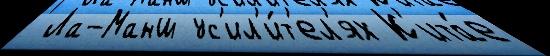
 Ла-Манш ус'ил'и́т'ел'ях К'ита́е